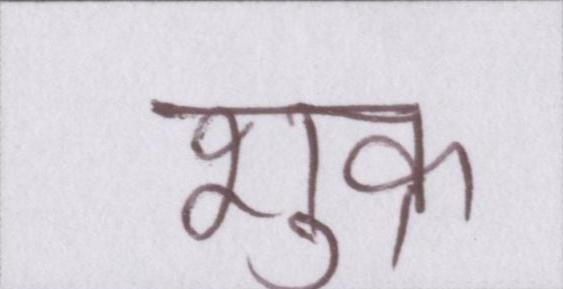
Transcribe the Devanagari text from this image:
शुक्र